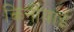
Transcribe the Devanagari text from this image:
किनीयाई